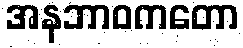
အနဘာဝကတော